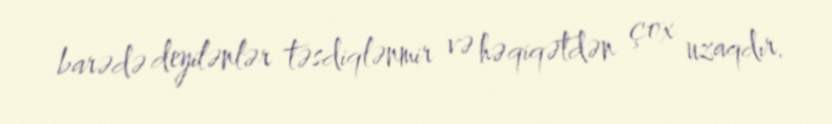
barədə deyilənlər təsdiqlənmir və həqiqətdən çox uzaqdır.